Annual report on the working of the lock hospitals in the Central Provinces
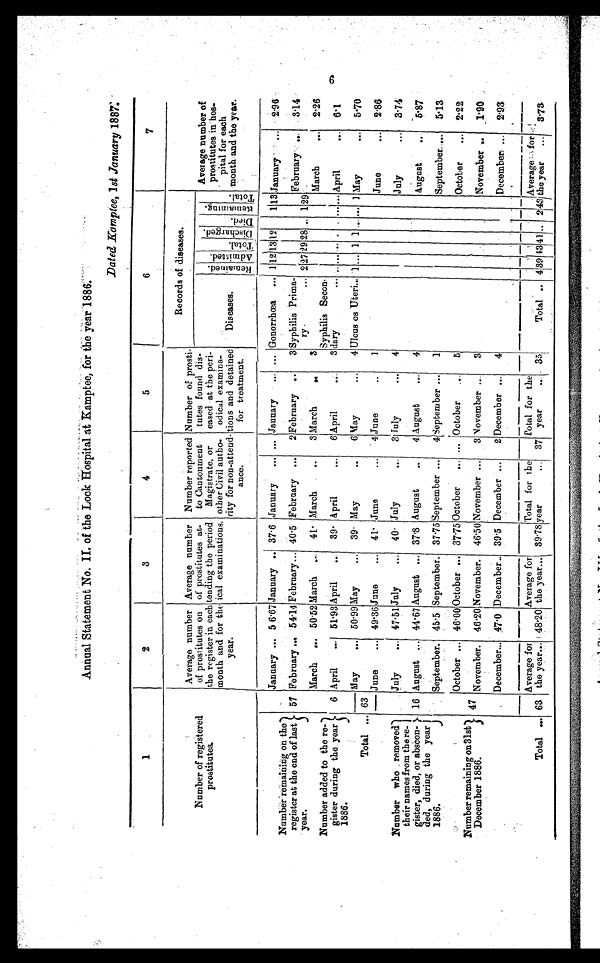
Annual Statement No. II. of the Lock Hospital at Kamptee, for the year 1886.
Dated Kamptee, 1st January 1887.
1
2
3
4
5
6
7
Average number
of prostitutes at-
tending the period
fœcal examinations.
Number reported
to Cantonment
Magistrate, or
other Civil autho-
city for non-attend-
ance.
Number of prosti-
tutes found dis-
eased at the peri-
odical. examina-
tions and detained
for treatment.
Records of diseases.
Number of registered
prostitutes.
Average number
of prostitutes on
the register in each
month and for the
year.
Diseases.
R e m a i n e d .
A d m i t t e d .
Total.
Di s c ha r ge d.
Di e d.
Remai ni ng.
Total.
Average number of
p r o s t i t u t e s i n h o s - p i t a l f o r e a c h m o n t h a n d t h e y e a r .
January ... 56·67 January .. 37 . 6 January ... ... January ... ... Gonorrhœa ... 1 12
1 3 12
1 13 January ...
2·96
Number remaining on the
register at the end of last
year.
57 February ... 54·14 February... 40·5 February ...
2 February ..
3 Syphilis Prima-
ry ...
2
27 29 28 ..
1
29
February ...
3·14
March ... 50·52 March ... 41· March
..
3 March
. .
3
March
... 2·26
Number added to the re-
gister during the year
1886.
6 April
... 51·93 April
... 39· April
...
6 April
...
3
Syphilis Secon
- d a r y
. . . . . . . . . . . . . . . . ... April
... 6·1
Total ... 63
May
... 50 . 99 May
... 39· May
. .
6 May
...
4 Ulcus os Uteri... 1 ... 1 1 . . .
...
1 May
... 5·70
June ... 49.36 June
... 41· June
...
4 June
..
1
June
... 2·86
Number who removed
their names from the re-
gister, died, or abscon-
ded, during the year
1886.
July
... 47·51 July
... 40· July
...
3 July
...
4
July
... 3·74
16 August ...
44·67 August ... 37·8 August
..
4 August
. . .
4
August
..
5·87
September. 45 .5 September. 37.75 September ... 4 September ... 1
September ... 5·13
October ... 46·00 October ... 37·75 October ... ... October ...
5
October
... 2·22
Number remaining on 31st
December 1886.
47
November. 46·20 November. 46·50November ... 3 November ...
3
November ..
1·90
December... 47·0 December .. 39.5 December ...
2 December ... 4
December ... 2·93
Total ... 63
Average for
the year... 48·20
Average for
the year... 39·78
Total for the
year ...
37 Total for the
year
... 35
Total .. 4
3 9
43 41 .. 2 43)
Average.., for
the year
...
3·73
6